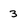
Character: 3